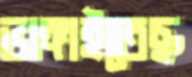
ভাঙ্গাইতেছ